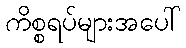
ကိစ္စရပ်များအပေါ်